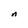
Character: n